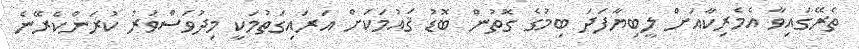
ތެރޭގައިވާ އެމެރިކާއަށް ލީބިޔާފަދަ ބިމުގެ ގޮތުން ބޮޑު ޤައުމަކަށް އަރައިގަތުމަކީ މިދުވަސްވަރު ކުރަންކެރޭނެ